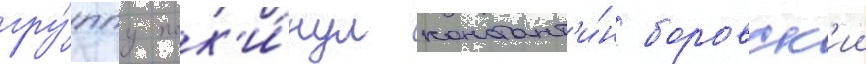
гру́ппу пок'и́нул констант'и́н боровск'ии